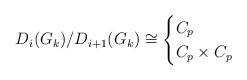
LaTeX: \begin{align*} D_i(G_k)/D_{i+1}(G_k) \cong \begin{cases} C_p & \\ C_p \times C_p & \end{cases} \end{align*}